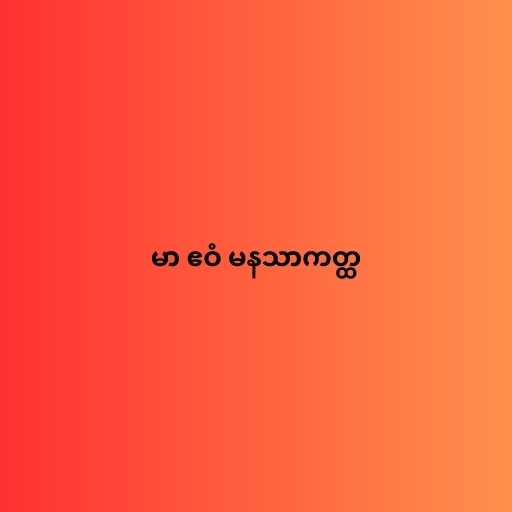
မာ ဧဝံ မနသာကတ္ထ